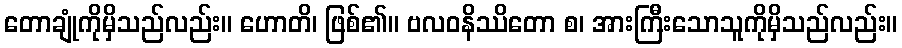
တောချုံကိုမှိသည်လည်း။ ဟောတိ၊ ဖြစ်၏။ ဗလဝနိဿိတော စ၊ အားကြီးသောသူကိုမှိသည်လည်း။